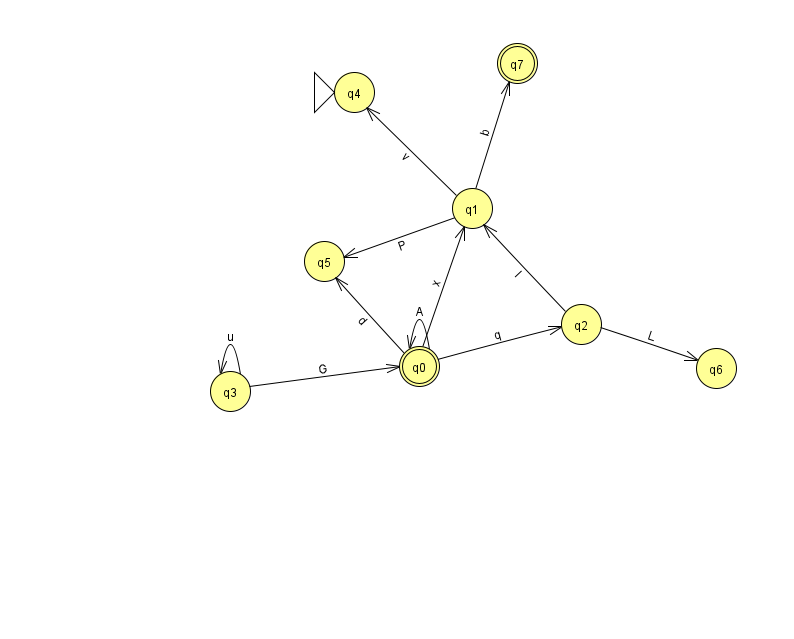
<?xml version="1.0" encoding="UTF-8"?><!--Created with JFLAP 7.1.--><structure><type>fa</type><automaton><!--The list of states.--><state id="0" name="q0"><x>419.0</x><y>353.0</y><final/></state><state id="1" name="q1"><x>472.0</x><y>195.0</y></state><state id="2" name="q2"><x>581.0</x><y>311.0</y></state><state id="3" name="q3"><x>230.0</x><y>378.0</y></state><state id="4" name="q4"><x>354.0</x><y>79.0</y><initial/></state><state id="5" name="q5"><x>324.0</x><y>248.0</y></state><state id="6" name="q6"><x>716.0</x><y>355.0</y></state><state id="7" name="q7"><x>517.0</x><y>50.0</y><final/></state><!--The list of transitions.--><transition><from>0</from><to>0</to><read>A</read></transition><transition><from>3</from><to>0</to><read>G</read></transition><transition><from>0</from><to>1</to><read>x</read></transition><transition><from>3</from><to>3</to><read>u</read></transition><transition><from>0</from><to>5</to><read>d</read></transition><transition><from>1</from><to>5</to><read>P</read></transition><transition><from>2</from><to>6</to><read>L</read></transition><transition><from>1</from><to>7</to><read>b</read></transition><transition><from>2</from><to>1</to><read>I</read></transition><transition><from>0</from><to>2</to><read>q</read></transition><transition><from>1</from><to>4</to><read>v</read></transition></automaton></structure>